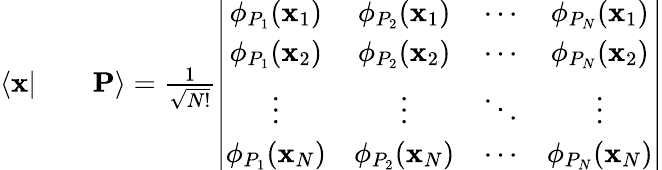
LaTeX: \begin{array}{rlr}{\langle\mathbf{x}|}&{{}}&{\mathbf{P}\rangle=\frac{1}{\sqrt{N!}}\left|\begin{array}{cccc}{\phi_{P_{1}}(\mathbf{x}_{1})}&{\phi_{P_{2}}(\mathbf{x}_{1})}&{\cdots}&{\phi_{P_{N}}(\mathbf{x}_{1})}\\ {\phi_{P_{1}}(\mathbf{x}_{2})}&{\phi_{P_{2}}(\mathbf{x}_{2})}&{\cdots}&{\phi_{P_{N}}(\mathbf{x}_{2})}\\ {\vdots}&{\vdots}&{\ddots}&{\vdots}\\ {\phi_{P_{1}}(\mathbf{x}_{N})}&{\phi_{P_{2}}(\mathbf{x}_{N})}&{\cdots}&{\phi_{P_{N}}(\mathbf{x}_{N})}\end{array}\right|}\end{array}